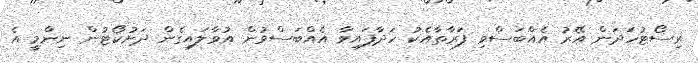
ރިސޯޓުހަދަން އޭރު އެއްބަސްވި ފަރާތާއެކު ހަދާފައިވާ އެއްބަސްވުން އުވާލައިގެން ދަށުކޯޓުން ނިންމީ އެ